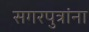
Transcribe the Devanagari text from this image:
सगरपुत्रांना